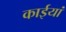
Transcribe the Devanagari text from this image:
काईयां